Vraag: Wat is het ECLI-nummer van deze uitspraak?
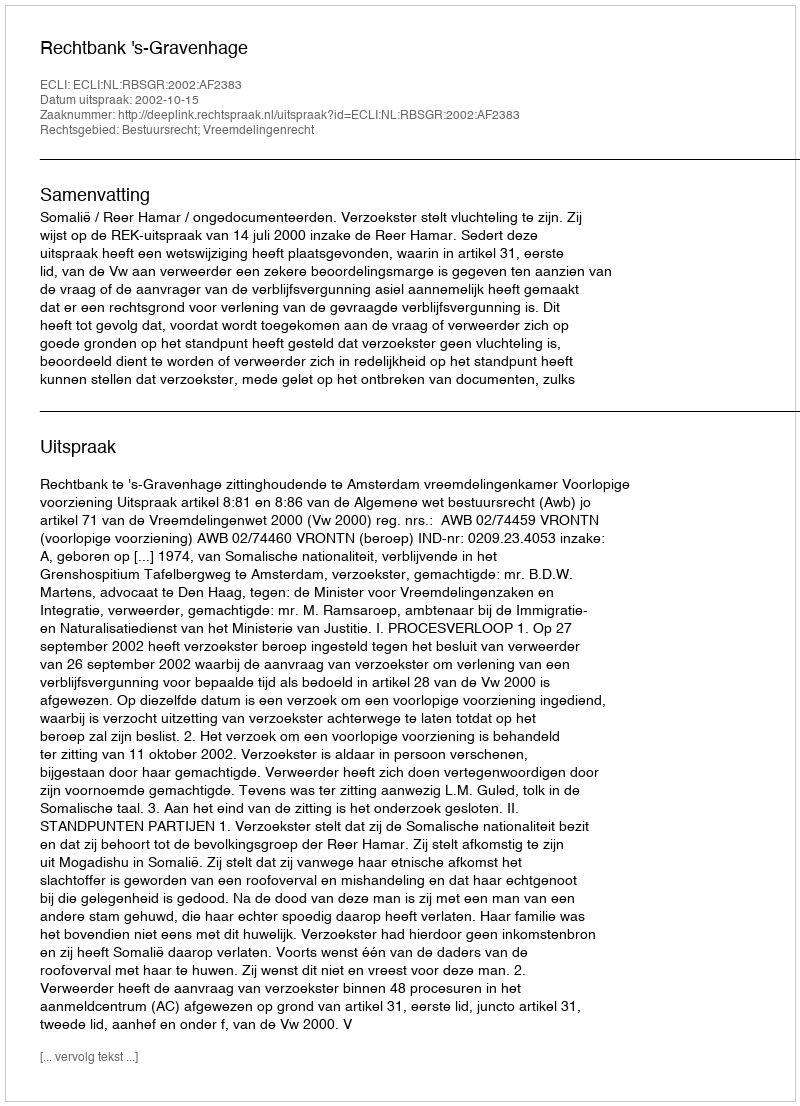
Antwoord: ECLI:NL:RBSGR:2002:AF2383